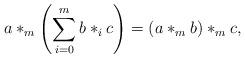
LaTeX: \begin{align*}a\ast_m \left(\sum_{i=0}^m b\ast_i c\right) = (a\ast_m b)\ast_m c, \end{align*}